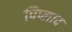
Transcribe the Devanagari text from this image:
पिप्लाद